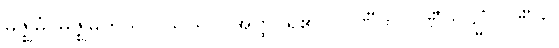
မဇ္ဈိမံ၊ မဇ္ဈိမကုသိုလ်သည်။ (အတ္ထိ၊ ရှိ၏။) ပဏီတ ပဏီတသ္မိံ၊ ပဏီတ